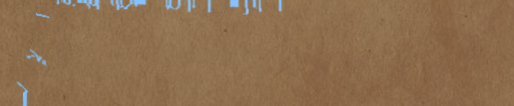
محل بيع الأجهزة الإلكترون